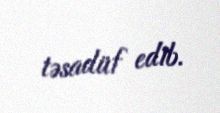
təsadüf edib.